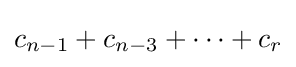
c_{n-1}+c_{n-3}+\cdots +c_{r}